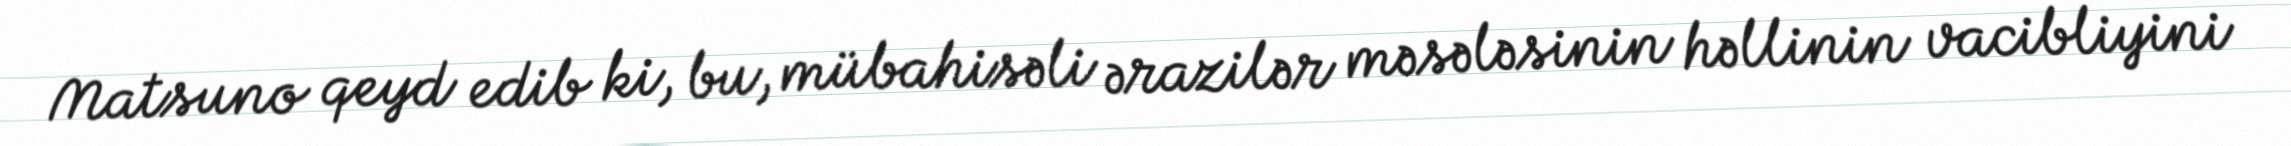
Matsuno qeyd edib ki, bu, mübahisəli ərazilər məsələsinin həllinin vacibliyini